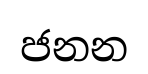
ජනන